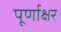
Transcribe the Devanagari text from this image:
पूर्णाक्षर